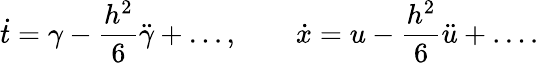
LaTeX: \dot{t}=\gamma-\frac{h^{2}}6\ddot{\gamma}+\ldots,\qquad\dot{x}=u-\frac{h^{2}}6\ddot{u}+\ldots.